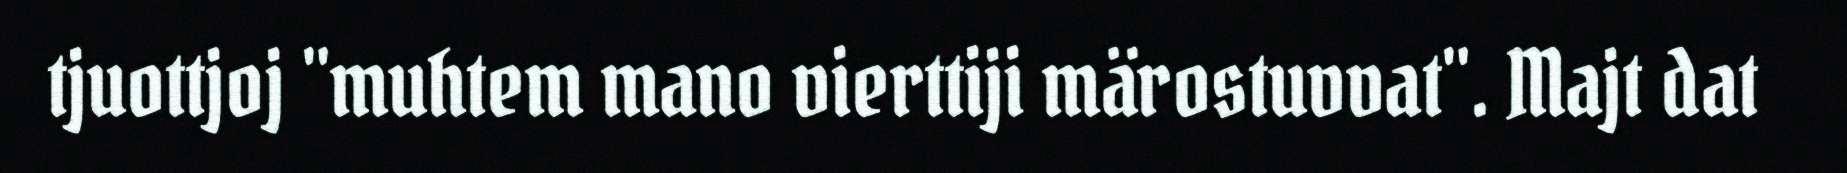
tjuottjoj "muhtem mano vierttiji märostuvvat". Majt dat